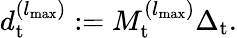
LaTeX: \begin{array}{r}{d_{\mathrm{t}}^{({l_{{\mathrm{max}}}})}:=M_{\mathrm{t}}^{({l_{{\mathrm{max}}}})}\Delta_{\mathrm{t}}.}\end{array}